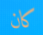
كان